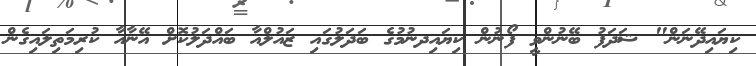
ކިޔައިދޭނަން" ޝަދަފު ބޭނުންވީ ފޯނުން ކިޔައިދނުމުގެ ބަދަލުގައި ޒައުލްއާ ބައްދަލުކޮށް އޭނާއާ ކުރިމަތިލައިގެން